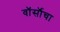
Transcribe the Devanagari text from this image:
वॉर्सॉचा